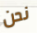
نحن